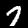
Label: 7